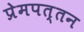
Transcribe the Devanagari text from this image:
प्रेमपत्तन